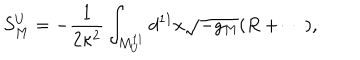
S _ { M } ^ { U } = - { \frac { 1 } { 2 \kappa ^ { 2 } } } \int _ { M _ { U } ^ { 1 1 } } d ^ { 1 1 } x \sqrt { - g _ { M } } ( R + \cdots ) ,